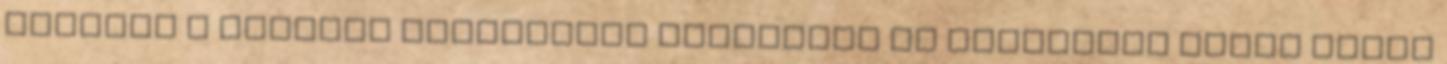
például a Báthory birtokokat megtámadó és elfoglaló Pekry Lajos